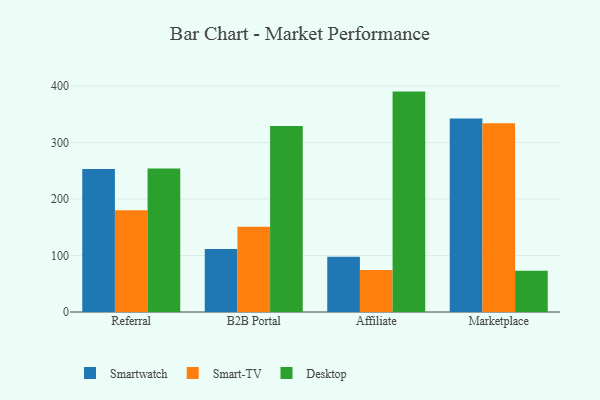
{"axis": {"x": "Channel", "y": "Latency (ms)"}, "legend": ["Desktop", "Smart-TV", "Smartwatch"], "data": [{"x": "Referral", "y": 253.1, "type": "Smartwatch"}, {"x": "Referral", "y": 180.2, "type": "Smart-TV"}, {"x": "Referral", "y": 254.1, "type": "Desktop"}, {"x": "B2B Portal", "y": 111.6, "type": "Smartwatch"}, {"x": "B2B Portal", "y": 150.8, "type": "Smart-TV"}, {"x": "B2B Portal", "y": 329.2, "type": "Desktop"}, {"x": "Affiliate", "y": 97.7, "type": "Smartwatch"}, {"x": "Affiliate", "y": 74.5, "type": "Smart-TV"}, {"x": "Affiliate", "y": 390.0, "type": "Desktop"}, {"x": "Marketplace", "y": 342.6, "type": "Smartwatch"}, {"x": "Marketplace", "y": 334.0, "type": "Smart-TV"}, {"x": "Marketplace", "y": 73.0, "type": "Desktop"}]}